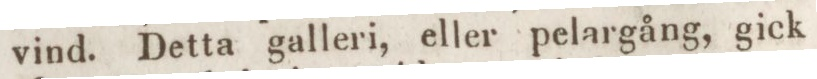
vind. Detta galleri, eller pelargång, gick